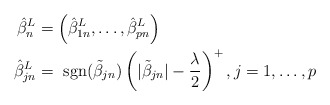
\begin{align*}\hat{\beta}_n^L &= \left(\hat{\beta}_{1n}^L,\ldots, \hat{\beta}_{pn}^L\right)\\\hat{\beta}_{jn}^{L} &= \mbox{ sgn}(\tilde{\beta}_{jn})\left(|\tilde{\beta}_{jn}| -\frac{\lambda}{2}\right)^{+}, j=1, \ldots, p\end{align*}